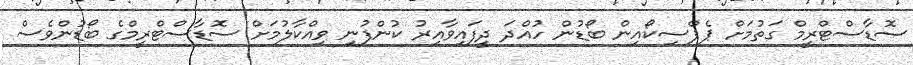
ސޮޑާސްޓްރީމް ގަތުމަށް ޕެޕްސިކޯއިން ބޯޑުން ހުއްދަ ދީފައިވާއިރު ކުންފުނި ވިއްކާލުމަށް ސޮޑާސްޓްރީމްގެ ބޯޑުންވެސް